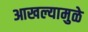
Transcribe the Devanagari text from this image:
आखल्यामुळे